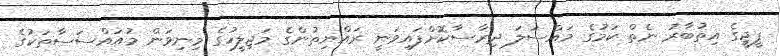
ޕީޖީގެ އިތުބާރު ނެތް ކަމުގެ މައްސަލަ ދިރާސާކޮށްފައިވަނީ ރައްޔިތުންގެ މަޖިލީހުގެ މިނިވަން މުއައްސަސާތަކުގެ